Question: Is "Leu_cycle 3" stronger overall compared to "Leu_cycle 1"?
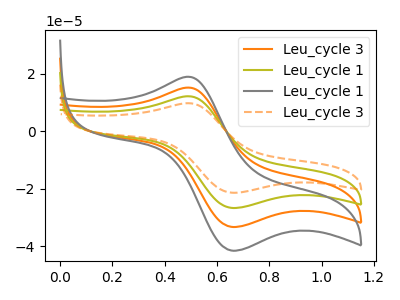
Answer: <think>The orange curve "Leu_cycle 3" has an anodic peak at (0.50V, 24.35uA) and a cathodic peak at (0.65V, -53.25uA). The olive curve "Leu_cycle 1" has an anodic peak at (0.50V, 12.15uA) and a cathodic peak at (0.65V, -26.65uA). The gray curve "Leu_cycle 1" has an anodic peak at (0.50V, 36.50uA) and a cathodic peak at (0.65V, -79.90uA). The orange dashed curve "Leu_cycle 3" has an anodic peak at (0.50V, 9.75uA) and a cathodic peak at (0.65V, -21.35uA).
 All the peaks in "Leu_cycle 3" have a peak in "Leu_cycle 1" at the same potential. Every peak in "Leu_cycle 3" is lower than every peak in "Leu_cycle 1".</think>
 <answer>"Leu_cycle 3" has less signal than "Leu_cycle 1".</answer>
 <eval>less_signal</eval>